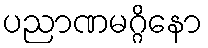
ပညာဏမဂ္ဂိနော